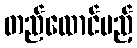
တည်ထောင်မည့်